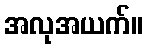
အလုအယက်။